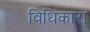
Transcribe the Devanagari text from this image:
विधिकारा